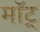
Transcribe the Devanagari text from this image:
माॅट्